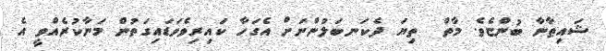
ޝައިޠާނާ ބުންޏެވެ. މާތް  ތިޔަ ދެކަނބަލުންނަށް އެގަހާ ކައިރިވެވަޑައިގަތުން މަނާކުރެއްވީ އެ